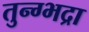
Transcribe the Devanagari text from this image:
तुन्ग्भद्रा